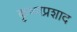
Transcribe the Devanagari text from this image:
कृष्णप्रशाद